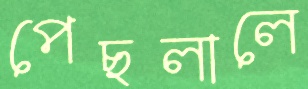
পেছলালে